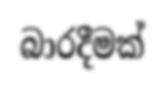
බාරදීමක්